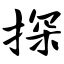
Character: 探